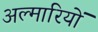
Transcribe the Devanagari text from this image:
अल्मारियों